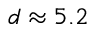
d \approx 5 . 2